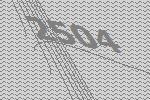
2504